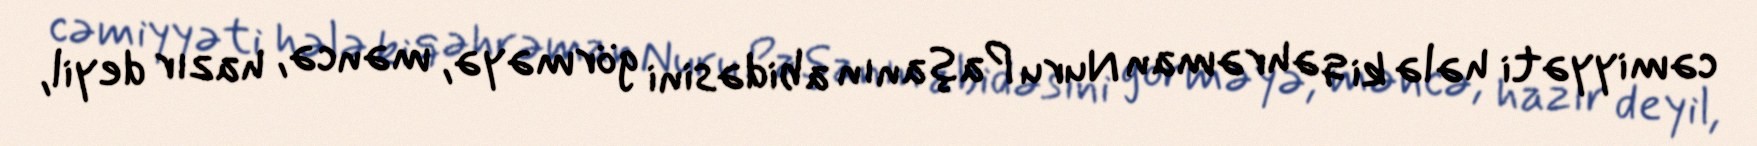
cəmiyyəti hələ ki qəhrəman Nuru Paşanın abidəsini görməyə, məncə, hazır deyil,